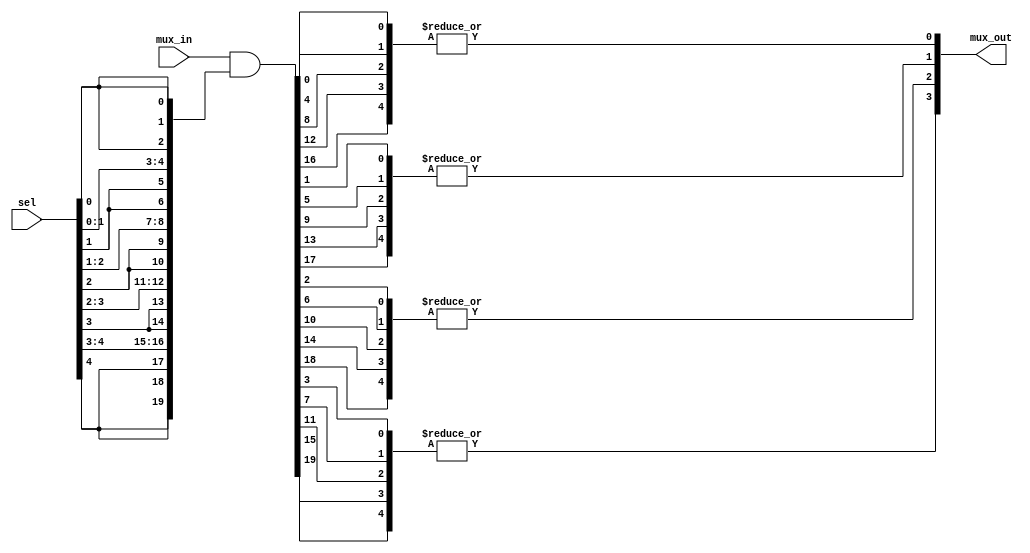
module one_hot_mux #(
		parameter	IN_WIDTH	  =	20,
		parameter	SEL_WIDTH =   5, 
		parameter	OUT_WIDTH =	IN_WIDTH/SEL_WIDTH

	)
	(
		input [IN_WIDTH-1		:0]	mux_in,
		output[OUT_WIDTH-1	:0]	mux_out,
		input[SEL_WIDTH-1	:0]	sel

	);

	wire [IN_WIDTH-1	:0]	mask;
	wire [IN_WIDTH-1	:0]	masked_mux_in;
	wire [SEL_WIDTH-1:0]  	mux_out_gen [OUT_WIDTH-1:0]; 
	
	genvar i,j;
	
	//first selector masking
	generate 	// first_mask = {sel[0],sel[0],sel[0],....,sel[n],sel[n],sel[n]}
		for(i=0; i<SEL_WIDTH; i=i+1) begin : mask_loop
			assign mask[(i+1)*OUT_WIDTH-1 : (i)*OUT_WIDTH]	=	{OUT_WIDTH{sel[i]} };
		end
		
		assign masked_mux_in	= mux_in & mask;
		
		for(i=0; i<OUT_WIDTH; i=i+1) begin : lp1
			for(j=0; j<SEL_WIDTH; j=j+1) begin : lp2
				assign mux_out_gen [i][j]	=	masked_mux_in[i+OUT_WIDTH*j];
			end
			assign mux_out[i] = | mux_out_gen [i];
		end
	endgenerate
	
endmodule